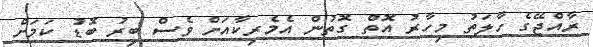
ރާއްޖޭގެ ހާލަތު މިހާރު އޮތް ގޮތުން އެމެރިކާއަށް ވެސް ބިރު ބޮޑު ކަމަށް